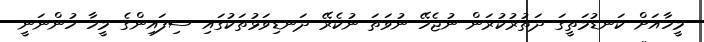
މީހާއަށް ކަނޑުމަތީގަ ދަތުރުކުރަން ނުޖެހޭ ނުވަތަ ނުކެރޭ ދަނޑިވަޅުތަކުގައި ސިފައިންގެ މީހާ ހުންނަނީ